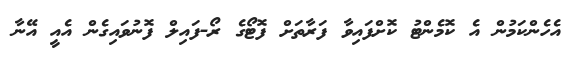
އެހެންކަމުން އެ ކޮމެންޓު ކޮށްފައިވާ ފަރާތަށް ފޮޓޯގެ ރޯ-ފައިލް ފޮނުވައިގެން އެއީ އޭނާ